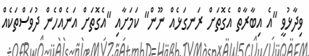
ވިދާޅުވީ "އެ އިބާރާތް އެގޮތަށް ރަނގަޅެއް ނޫން" ކަމަށާއި "އެގޮތަށް އަނެއްހެން ދުވަސްތަކެއް